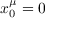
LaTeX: x _ { 0 } ^ { \mu } = 0